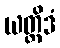
ယတ္ထိဒံ